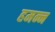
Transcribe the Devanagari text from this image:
हमन्न